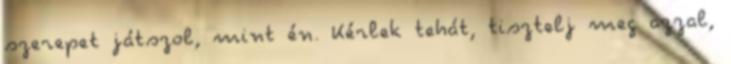
szerepet játszol, mint én. Kérlek tehát, tisztelj meg azzal,